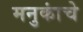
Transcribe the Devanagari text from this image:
मनुकांचे